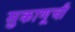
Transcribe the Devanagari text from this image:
सुकाणूची